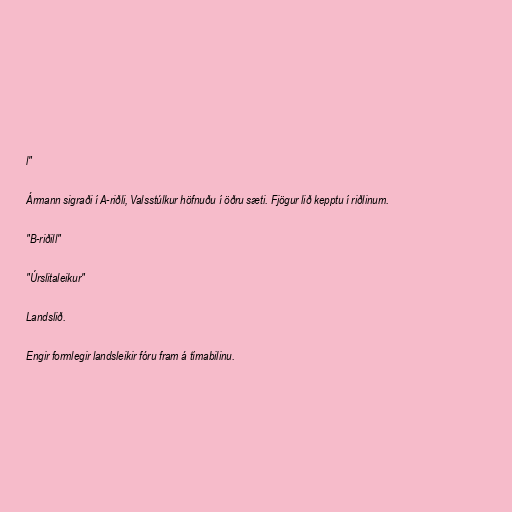
l"

Ármann sigraði í A-riðli, Valsstúlkur höfnuðu í öðru sæti. Fjögur lið kepptu í riðlinum.

"B-riðill"

"Úrslitaleikur"

Landslið.

Engir formlegir landsleikir fóru fram á tímabilinu.